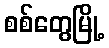
စစ်တွေမြို့